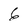
Character: 6